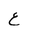
Letter: _ayn